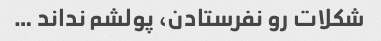
شکلات رو نفرستادن، پولشم نداند …